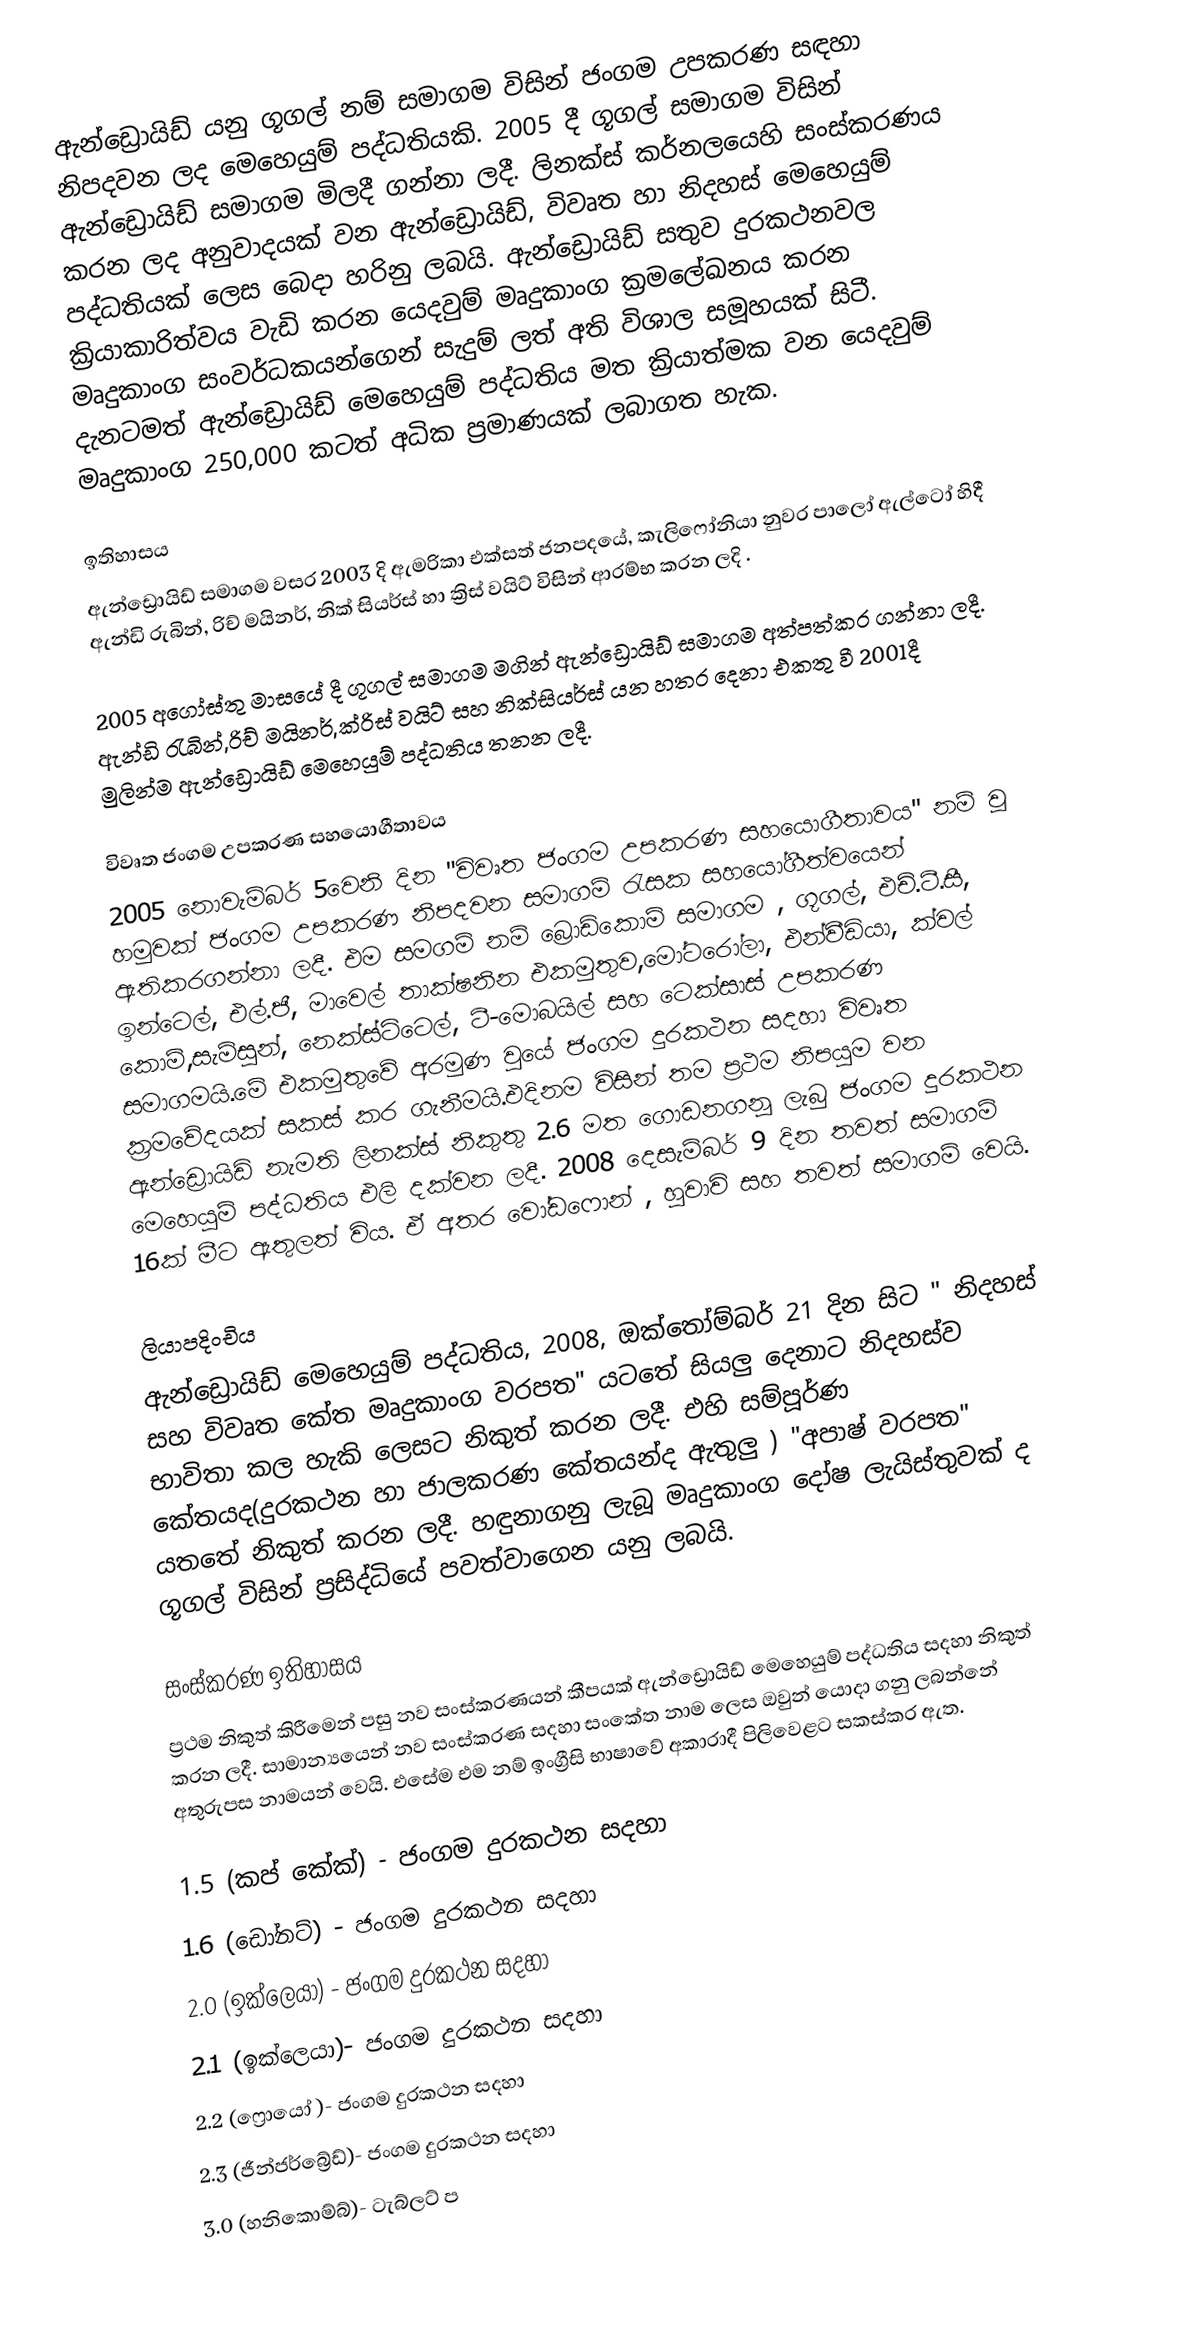
ඇන්ඩ්‍රොයිඩ් යනු ගූගල් නම් සමාගම විසින් ජංගම උපකරණ සඳහා නිපදවන ලද මෙහෙයුම් පද්ධතියකි. 2005 දී ගූගල් සමාගම විසින් ඇන්ඩ්‍රොයිඩ් සමාගම මිලදී ගන්නා ලදී. ලිනක්ස් කර්නලයෙහි සංස්කරණය කරන ලද අනුවාදයක් වන ඇන්ඩ්‍රොයිඩ්,  විවෘත හා නිදහස් මෙහෙයුම් පද්ධතියක් ලෙස බෙදා හරිනු ලබයි. ඇන්ඩ්‍රොයිඩ් සතුව දුරකථනවල ක්‍රියාකාරිත්වය වැඩි කරන යෙදවුම් මෘදුකාංග ක්‍රමලේඛනය කරන මෘදුකාංග සංවර්ධකයන්ගෙන් සැදුම් ලත් අති විශාල සමූහයක් සිටී. දැනටමත් ඇන්ඩ්‍රොයිඩ් මෙහෙයුම් පද්ධතිය මත ක්‍රියාත්මක වන යෙදවුම් මෘදුකාංග 250,000 කටත් අධික ප්‍රමාණයක් ලබාගත හැක.

ඉතිහාසය
ඇන්ඩ්‍රොයිඩ් සමාගම  වසර 2003 දි ඇමරිකා එක්සත් ජනපදයේ, කැලිෆෝනියා නුවර පාලෝ ඇල්ටෝ හිදී ඇන්ඩි රුබින්, රිච් මයිනර්, නික් සියර්ස් හා ක්‍රිස් වයිට් විසින් ආරම්භ  කරන ලදි .

2005 අගෝස්තු මාසයේ දී ගූගල් සමාගම මගින් ඇන්ඩ්‍රොයිඩ් සමාගම අත්පත්කර ගන්නා ලදී. ඇන්ඩි රැබින්,රිච් මයිනර්,ක්රිස් වයිට් සහ නික්සියර්ස් යන හතර දෙනා එකතු වී 2001දී මුලින්ම ඇන්ඩ්‍රොයිඩ් මෙහෙයුම් පද්ධතිය තනන ලදී.

විවෘත ජංගම උපකරණ සහයොගීතාවය
2005 නොවැම්බර් 5වෙනි දින "විවෘත ජංගම උපකරණ සහයොගීතාවය" නම් වූ හමුවක් ජංගම උපකරණ නිපදවන සමාගම්  රැසක සහයෝගීත්වයෙන් ඇතිකරගන්නා ලදී. එම සමගම්  නම් බ්‍රොඩ්කොම් සමාගම , ගූගල්, එච්.ටී.සී, ඉන්ටෙල්, එල්.ජී, මාවෙල් තාක්ෂනින එකමුතුව,මෝටරෝලා, එන්වීඩියා, ක්වල් කොම්,සැම්සුන්, නෙක්ස්ට්ටෙල්, ටී-මොබයිල් සහ ටෙක්සාස් උපකරණ සමාගමයි.මේ එකමුතුවේ අරමුණ වුයේ ජංගම දුරකථන සදහා විවෘත ක්‍රමවේදයක් සකස් කර ගැනීමයි.එදිනම විසින් තම ප්‍රථම නිපයුම වන ඇන්ඩ්‍රොයිඩ් නැමති ලිනක්ස් නිකුතු 2.6 මත ගොඩනගනූ ලැබු ජංගම දුරකථන මෙහෙයුම් පද්ධතිය එලි දක්වන ලදී. 2008 දෙසැම්බර් 9 දින තවත් සමාගම් 16ක් මීට ඇතුලත් විය. ඒ අතර වෝඩෆොන් , හුවාවි සහ තවත් සමාගම් වෙයි.

ලියාපදිංචිය
ඇන්ඩ්‍රොයිඩ් මෙහෙයුම් පද්ධතිය, 2008, ඔක්තෝම්බර් 21 දින සිට " නිදහස් සහ විවෘත කේත මෘදුකාංග වරපත" යටතේ සියලු දෙනාට නිදහස්ව භාවිතා කල හැකි ලෙසට නිකුත් කරන ලදී. එහි සම්පූර්ණ කේතයද(දුරකථන හා ජාලකරණ කේතයන්ද ඇතුලු ) "අපාෂ් වරපත" යතතේ නිකුත් කරන ලදී. හඳුනාගනු ලැබූ  මෘදුකාංග දෝෂ ලැයිස්තුවක් ද ගූගල් විසින් ප්‍රසිද්ධියේ පවත්වාගෙන යනු ලබයි.

සංස්කරණ ඉතිහාසය
ප්‍රථම නිකුත් කිරීමෙන් පසු නව සංස්කරණයන් කීපයක් ඇන්ඩ්‍රොයිඩ් මෙහෙයුම් පද්ධතිය සදහා නිකුත් කරන ලදී. සාමාන්‍යයෙන් නව සංස්කරණ සදහා සංකේත නාම ලෙස ඔවුන් යොදා ගනු ලබන්නේ අතුරුපස නාමයන් වෙයි. එසේම එම නම් ඉංග්‍රීසි භාෂාවේ අකාරාදී පිලිවෙළට සකස්කර ඇත.

 1.5 (කප් කේක්) - ජංගම දුරකථන සදහා
 1.6 (ඩෝනට්) - ජංගම දුරකථන සදහා
 2.0 (ඉක්ලෙයා) - ජංගම දුරකථන සදහා
 2.1 (ඉක්ලෙයා)- ජංගම දුරකථන සදහා
 2.2 (ෆ්‍රොයෝ )- ජංගම දුරකථන සදහා
 2.3 (ජීන්ජර්බ්‍රේඩ්)- ජංගම දුරකථන සදහා
 3.0 (හනිකොම්බ්)- ටැබ්ලට් ප